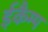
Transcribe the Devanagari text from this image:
ईकैम्प